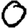
Digit: 0